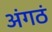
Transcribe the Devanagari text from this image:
अंगठं